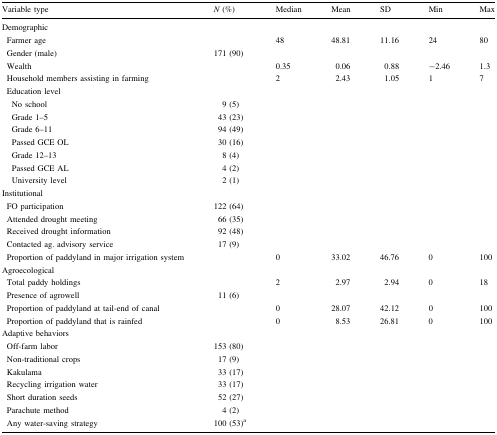
<table><thead><tr><td><b>Variable type</b></td><td><b><i>N</i> (%)</b></td><td><b>Median</b></td><td><b>Mean</b></td><td><b>SD</b></td><td><b>Min</b></td><td><b>Max</b></td></tr></thead><tbody><tr><td colspan="7">Demographic</td></tr><tr><td> Farmer age</td><td></td><td>48</td><td>48.81</td><td>11.16</td><td>24</td><td>80</td></tr><tr><td> Gender (male)</td><td>171 (90)</td><td></td><td></td><td></td><td></td><td></td></tr><tr><td> Wealth</td><td></td><td>0.35</td><td>0.06</td><td>0.88</td><td>−2.46</td><td>1.3</td></tr><tr><td> Household members assisting in farming</td><td></td><td>2</td><td>2.43</td><td>1.05</td><td>1</td><td>7</td></tr><tr><td colspan="7"> Education level</td></tr><tr><td>No school</td><td>9 (5)</td><td></td><td></td><td></td><td></td><td></td></tr><tr><td>Grade 1–5</td><td>43 (23)</td><td></td><td></td><td></td><td></td><td></td></tr><tr><td>Grade 6–11</td><td>94 (49)</td><td></td><td></td><td></td><td></td><td></td></tr><tr><td>Passed GCE OL</td><td>30 (16)</td><td></td><td></td><td></td><td></td><td></td></tr><tr><td>Grade 12–13</td><td>8 (4)</td><td></td><td></td><td></td><td></td><td></td></tr><tr><td>Passed GCE AL</td><td>4 (2)</td><td></td><td></td><td></td><td></td><td></td></tr><tr><td>University level</td><td>2 (1)</td><td></td><td></td><td></td><td></td><td></td></tr><tr><td colspan="7">Institutional</td></tr><tr><td> FO participation</td><td>122 (64)</td><td></td><td></td><td></td><td></td><td></td></tr><tr><td> Attended drought meeting</td><td>66 (35)</td><td></td><td></td><td></td><td></td><td></td></tr><tr><td> Received drought information</td><td>92 (48)</td><td></td><td></td><td></td><td></td><td></td></tr><tr><td> Contacted ag. advisory service</td><td>17 (9)</td><td></td><td></td><td></td><td></td><td></td></tr><tr><td> Proportion of paddyland in major irrigation system</td><td></td><td>0</td><td>33.02</td><td>46.76</td><td>0</td><td>100</td></tr><tr><td colspan="7">Agroecological</td></tr><tr><td> Total paddy holdings</td><td></td><td>2</td><td>2.97</td><td>2.94</td><td>0</td><td>18</td></tr><tr><td> Presence of agrowell</td><td>11 (6)</td><td></td><td></td><td></td><td></td><td></td></tr><tr><td> Proportion of paddyland at tail-end of canal</td><td></td><td>0</td><td>28.07</td><td>42.12</td><td>0</td><td>100</td></tr><tr><td> Proportion of paddyland that is rainfed</td><td></td><td>0</td><td>8.53</td><td>26.81</td><td>0</td><td>100</td></tr><tr><td colspan="7">Adaptive behaviors</td></tr><tr><td> Off-farm labor</td><td>153 (80)</td><td></td><td></td><td></td><td></td><td></td></tr><tr><td> Non-traditional crops</td><td>17 (9)</td><td></td><td></td><td></td><td></td><td></td></tr><tr><td> Kakulama</td><td>33 (17)</td><td></td><td></td><td></td><td></td><td></td></tr><tr><td> Recycling irrigation water</td><td>33 (17)</td><td></td><td></td><td></td><td></td><td></td></tr><tr><td> Short duration seeds</td><td>52 (27)</td><td></td><td></td><td></td><td></td><td></td></tr><tr><td> Parachute method</td><td>4 (2)</td><td></td><td></td><td></td><td></td><td></td></tr><tr><td> Any water-saving strategy</td><td>100 (53)<sup>a</sup></td><td></td><td></td><td></td><td></td><td></td></tr></tbody></table>